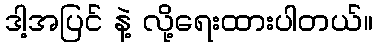
ဒါ့အပြင် နဲ့ လို့ရေးထားပါတယ်။